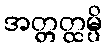
အတ္တတ္ထမ္ပိ